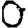
Digit: 0